EELK_Paldiski_kogudus, lk 57
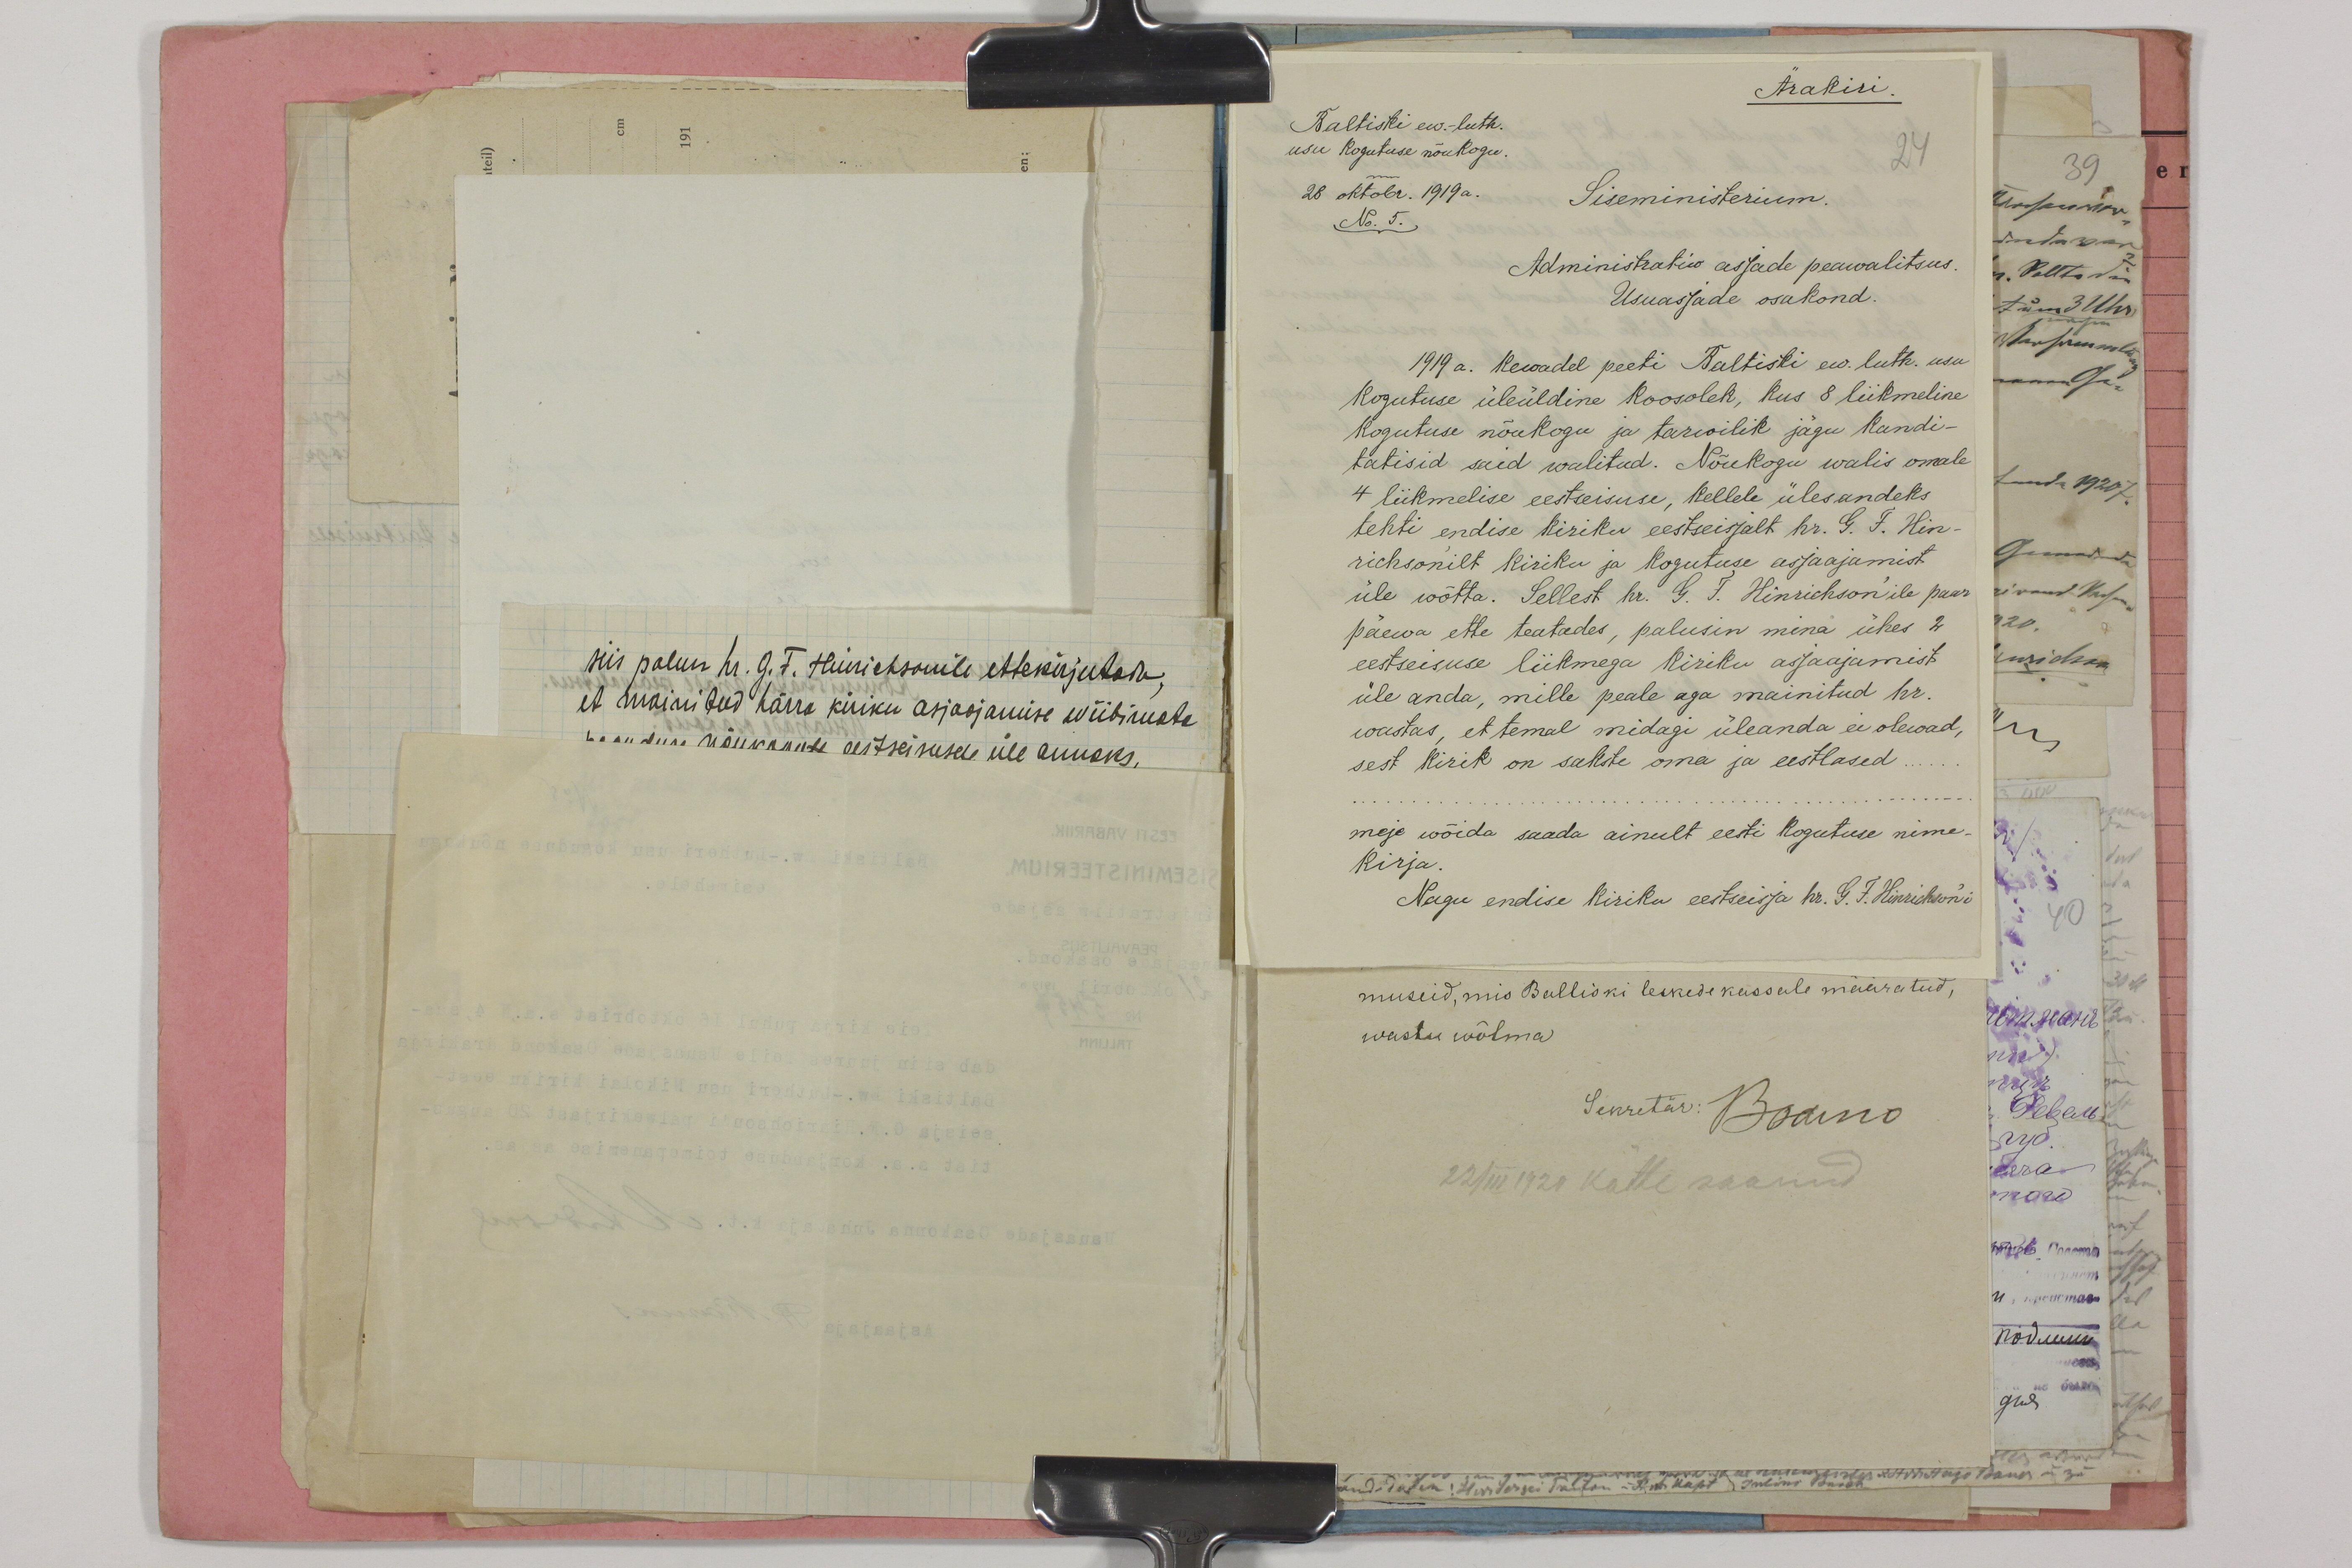
Ärakiri.
Baltiski ev.-luth.
usu kogutuse nõukogu.
24
28 oktobr. 1919a.
Siseministerium.
No. 5.
Administrativ asjade peawalitsus.
Usuasjade osakond.
1919 a. kewadel peeti Baltisti ev. luth. usu
Kogutuse üleüldine koosolek, kus 8 liikmeline
kogutuse nõukogu ja tarwilik jägu kandi-
tatisid said walitud. Nõukogu walis omale
4 liikmelise eestseisuse, kellele ülesandeks
tehti endise kiriku eestseisjalt hr. G. J. Hin-
richsonilt kiriku ja kogutuse asjaajamist
üle wõtta. Sellest hr. G. J. Hinrichson'ile paar-
päewa ette teatades, palusin mina ühes 4
eestseisuse liikmega kiriku asjaajamist
üle anda, mille peale aga mainitud hr.
wastas, et temal midagi üleanda ei olewad,
sest kirik on sakste oma ja eestlased.
kirja.
meje wõida saada ainult eesti kogutuse nime-
Nagu endise kiriku eestseisja hr. G. J. Hinrichsoni